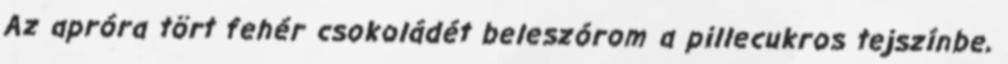
Az apróra tört fehér csokoládét beleszórom a pillecukros tejszínbe,